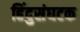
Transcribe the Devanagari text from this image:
हिंदुसंघटक